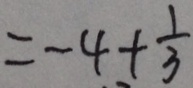
= - 4 + \frac { 1 } { 3 }